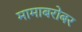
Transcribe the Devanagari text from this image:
मामाबरोबर